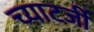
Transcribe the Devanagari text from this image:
च्याटर्जी